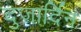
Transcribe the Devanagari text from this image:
दुजार्दिन